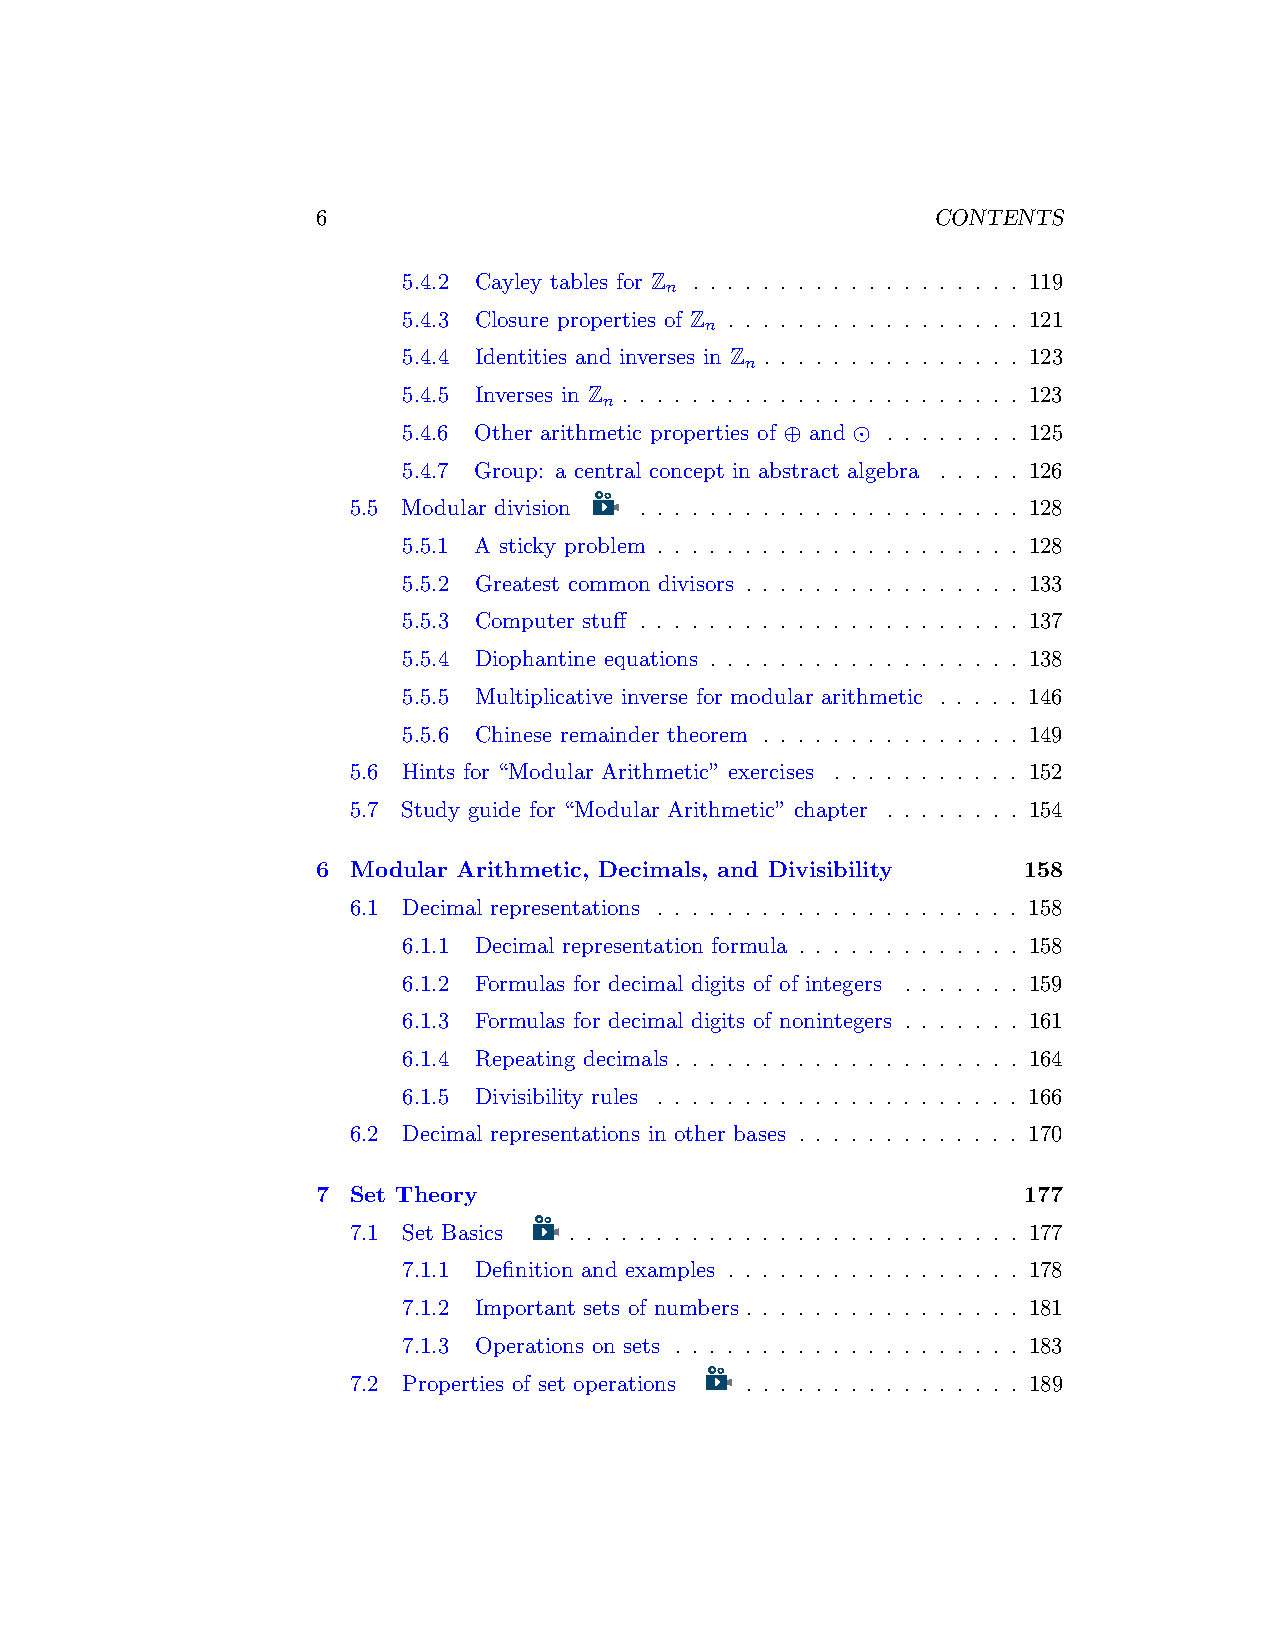
6                                        CONTENTS
 5.4.2 Cayley tables for Z . . . . . . . . . . . . . . . . . . . 119
 n
 5.4.3 Closure properties of Z . . . . . . . . . . . . . . . . . 121
 n
 5.4.4 Identities and inverses in Z . . . . . . . . . . . . . . . 123
 n
 5.4.5 Inverses in Z . . . . . . . . . . . . . . . . . . . . . . . 123
 n
 5.4.6 Other arithmetic properties of ⊕ and ⊙ . . . . . . . . 125
 5.4.7 Group: a central concept in abstract algebra . . . . . 126
 5.5 Modular division . . . . . . . . . . . . . . . . . . . . . . 128
 5.5.1 A sticky problem . . . . . . . . . . . . . . . . . . . . . 128
 5.5.2 Greatest common divisors . . . . . . . . . . . . . . . . 133
 5.5.3 Computer stuff . . . . . . . . . . . . . . . . . . . . . . 137
 5.5.4 Diophantine equations . . . . . . . . . . . . . . . . . . 138
 5.5.5 Multiplicative inverse for modular arithmetic . . . . . 146
 5.5.6 Chinese remainder theorem . . . . . . . . . . . . . . . 149
 5.6 Hints for “Modular Arithmetic” exercises . . . . . . . . . . . 152
 5.7 Study guide for “Modular Arithmetic” chapter . . . . . . . . 154
 6 Modular Arithmetic, Decimals, and Divisibility 158
 6.1 Decimal representations . . . . . . . . . . . . . . . . . . . . . 158
 6.1.1 Decimal representation formula . . . . . . . . . . . . . 158
 6.1.2 Formulas for decimal digits of of integers . . . . . . . 159
 6.1.3 Formulas for decimal digits of nonintegers . . . . . . . 161
 6.1.4 Repeating decimals . . . . . . . . . . . . . . . . . . . . 164
 6.1.5 Divisibility rules . . . . . . . . . . . . . . . . . . . . . 166
 6.2 Decimal representations in other bases . . . . . . . . . . . . . 170
 7 Set Theory                                   177
 7.1 Set Basics . . . . . . . . . . . . . . . . . . . . . . . . . . 177
 7.1.1 Definition and examples . . . . . . . . . . . . . . . . . 178
 7.1.2 Important sets of numbers . . . . . . . . . . . . . . . . 181
 7.1.3 Operations on sets . . . . . . . . . . . . . . . . . . . . 183
 7.2 Properties of set operations . . . . . . . . . . . . . . . . 189